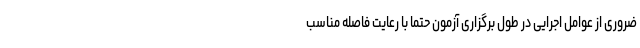
ضروری از عوامل اجرایی در طول برگزاری آزمون حتما با رعایت فاصله مناسب